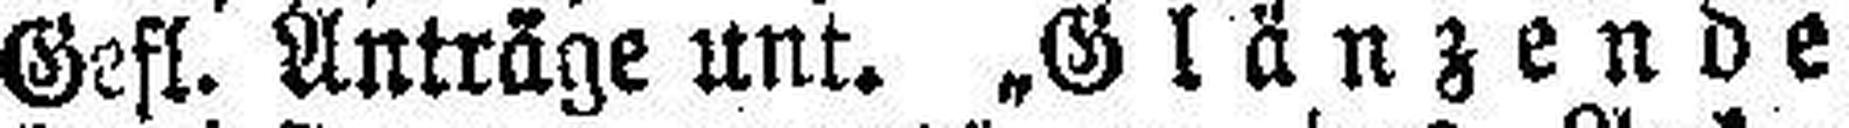
Gefl. Anträge unt. „Glänzende